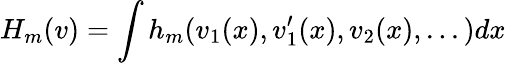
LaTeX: H_{m}(v)=\int h_{m}(v_{1}(x),v_{1}^{\prime}(x),v_{2}(x),...)dx